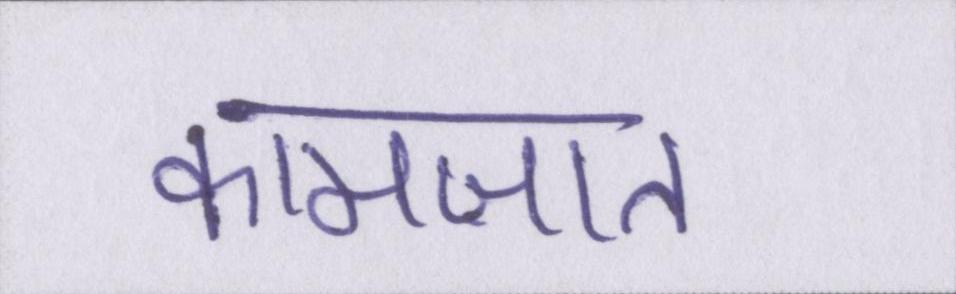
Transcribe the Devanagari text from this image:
कामज़ात